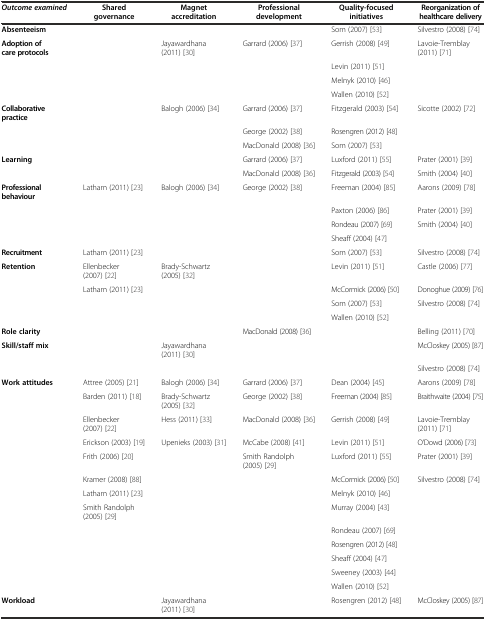
<table><thead><tr><td><b><i>Outcome examined</i></b></td><td><b>Shared governance</b></td><td><b>Magnet accreditation</b></td><td><b>Professional development</b></td><td><b>Quality-focused initiatives</b></td><td><b>Reorganization of healthcare delivery</b></td></tr></thead><tbody><tr><td><b>Absenteeism</b></td><td></td><td></td><td></td><td>Som (2007) [53]</td><td>Silvestro (2008) [74]</td></tr><tr><td><b>Adoption of care protocols</b></td><td></td><td>Jayawardhana (2011) [30]</td><td>Garrard (2006) [37]</td><td>Gerrish (2008) [49]</td><td>Lavoie-Tremblay (2011) [71]</td></tr><tr><td></td><td></td><td></td><td></td><td>Levin (2011) [51]</td><td></td></tr><tr><td></td><td></td><td></td><td></td><td>Melnyk (2010) [46]</td><td></td></tr><tr><td></td><td></td><td></td><td></td><td>Wallen (2010) [52]</td><td></td></tr><tr><td><b>Collaborative practice</b></td><td></td><td>Balogh (2006) [34]</td><td>Garrard (2006) [37]</td><td>Fitzgerald (2003) [54]</td><td>Sicotte (2002) [72]</td></tr><tr><td></td><td></td><td></td><td>George (2002) [38]</td><td>Rosengren (2012) [48]</td><td></td></tr><tr><td></td><td></td><td></td><td>MacDonald (2008) [36]</td><td>Som (2007) [53]</td><td></td></tr><tr><td><b>Learning</b></td><td></td><td></td><td>Garrard (2006) [37]</td><td>Luxford (2011) [55]</td><td>Prater (2001) [39]</td></tr><tr><td></td><td></td><td></td><td>MacDonald (2008) [36]</td><td>Fitzgerald (2003) [54]</td><td>Smith (2004) [40]</td></tr><tr><td><b>Professional behaviour</b></td><td>Latham (2011) [23]</td><td>Balogh (2006) [34]</td><td>George (2002) [38]</td><td>Freeman (2004) [85]</td><td>Aarons (2009) [78]</td></tr><tr><td></td><td></td><td></td><td></td><td>Paxton (2006) [86]</td><td>Prater (2001) [39]</td></tr><tr><td></td><td></td><td></td><td></td><td>Rondeau (2007) [69]</td><td>Smith (2004) [40]</td></tr><tr><td></td><td></td><td></td><td></td><td>Sheaff (2004) [47]</td><td></td></tr><tr><td><b>Recruitment</b></td><td>Latham (2011) [23]</td><td></td><td></td><td>Som (2007) [53]</td><td>Silvestro (2008) [74]</td></tr><tr><td><b>Retention</b></td><td>Ellenbecker (2007) [22]</td><td>Brady-Schwartz (2005) [32]</td><td></td><td>Levin (2011) [51]</td><td>Castle (2006) [77]</td></tr><tr><td></td><td>Latham (2011) [23]</td><td></td><td></td><td>McCormick (2006) [50]</td><td>Donoghue (2009) [76]</td></tr><tr><td></td><td></td><td></td><td></td><td>Som (2007) [53]</td><td>Silvestro (2008) [74]</td></tr><tr><td></td><td></td><td></td><td></td><td>Wallen (2010) [52]</td><td></td></tr><tr><td><b>Role clarity</b></td><td></td><td></td><td>MacDonald (2008) [36]</td><td></td><td>Belling (2011) [70]</td></tr><tr><td><b>Skill/staff mix</b></td><td></td><td>Jayawardhana (2011) [30]</td><td></td><td></td><td>McCloskey (2005) [87]</td></tr><tr><td></td><td></td><td></td><td></td><td></td><td>Silvestro (2008) [74]</td></tr><tr><td><b>Work attitudes</b></td><td>Attree (2005) [21]</td><td>Balogh (2006) [34]</td><td>Garrard (2006) [37]</td><td>Dean (2004) [45]</td><td>Aarons (2009) [78]</td></tr><tr><td></td><td>Barden (2011) [18]</td><td>Brady-Schwartz (2005) [32]</td><td>George (2002) [38]</td><td>Freeman (2004) [85]</td><td>Braithwaite (2004) [75]</td></tr><tr><td></td><td>Ellenbecker (2007) [22]</td><td>Hess (2011) [33]</td><td>MacDonald (2008) [36]</td><td>Gerrish (2008) [49]</td><td>Lavoie-Tremblay (2011) [71]</td></tr><tr><td></td><td>Erickson (2003) [19]</td><td>Upenieks (2003) [31]</td><td>McCabe (2008) [41]</td><td>Levin (2011) [51]</td><td>O’Dowd (2006) [73]</td></tr><tr><td></td><td>Frith (2006) [20]</td><td></td><td>Smith Randolph (2005) [29]</td><td>Luxford (2011) [55]</td><td>Prater (2001) [39]</td></tr><tr><td></td><td>Kramer (2008) [88]</td><td></td><td></td><td>McCormick (2006) [50]</td><td>Silvestro (2008) [74]</td></tr><tr><td></td><td>Latham (2011) [23]</td><td></td><td></td><td>Melnyk (2010) [46]</td><td></td></tr><tr><td></td><td>Smith Randolph (2005) [29]</td><td></td><td></td><td>Murray (2004) [43]</td><td></td></tr><tr><td></td><td></td><td></td><td></td><td>Rondeau (2007) [69]</td><td></td></tr><tr><td></td><td></td><td></td><td></td><td>Rosengren (2012) [48]</td><td></td></tr><tr><td></td><td></td><td></td><td></td><td>Sheaff (2004) [47]</td><td></td></tr><tr><td></td><td></td><td></td><td></td><td>Sweeney (2003) [44]</td><td></td></tr><tr><td></td><td></td><td></td><td></td><td>Wallen (2010) [52]</td><td></td></tr><tr><td><b>Workload</b></td><td></td><td>Jayawardhana (2011) [30]</td><td></td><td>Rosengren (2012) [48]</td><td>McCloskey (2005) [87]</td></tr></tbody></table>